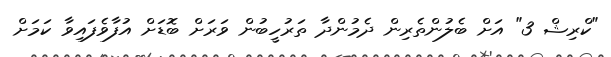
"ކްރިޝް 3" އަށް ބެލުންތެރިން ދެމުންދާ ތަރުހީބުން ވަރަށް ބޮޑަށް އުފާވެފައިވާ ކަމަށް